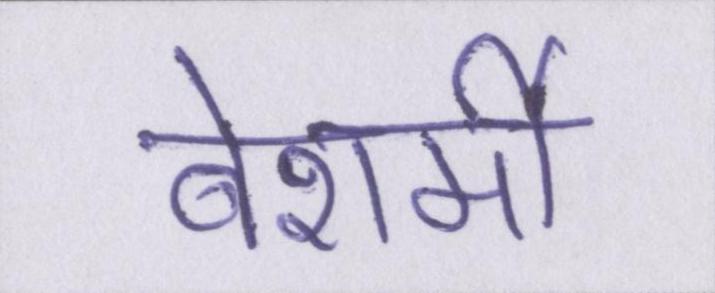
बेशर्मी